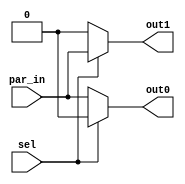
module demux_1to2 (
    par_in,      // input signal
    sel,         // selection input signal
    out0,        // output signal 0
    out1         // output signal 1
);

input par_in, sel;
output out0, out1;

assign out0 = (sel) ? 1'b0 : par_in;
assign out1 = (sel) ? par_in : 1'b0;

endmodule